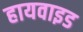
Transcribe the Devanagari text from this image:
हायवाइड